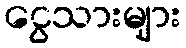
ငွေသားများ